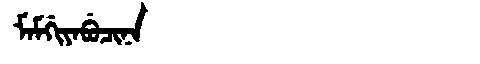
Manchu: ᠮᠠᠮᡤᡳᠶᠠᠪᡠᠴᡳᠨᠠ
Romanization: MAMGIYABUCINA